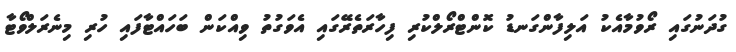
ގުދަނުގައި ރޯވުމާއެކު އަލިފާންގަނޑު ކޮންޓްރޯލްކުރި ފިހާރަތެރޭގައި އެވަގުތު ވިއްކަން ބަހައްޓާފައި ހުރި މިނެރަލްވޯޓާ